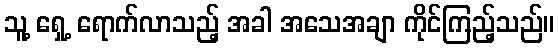
သူ့ ရှေ့ ရောက်လာသည့် အခါ အသေအချာ ကိုင်ကြည့်သည်။